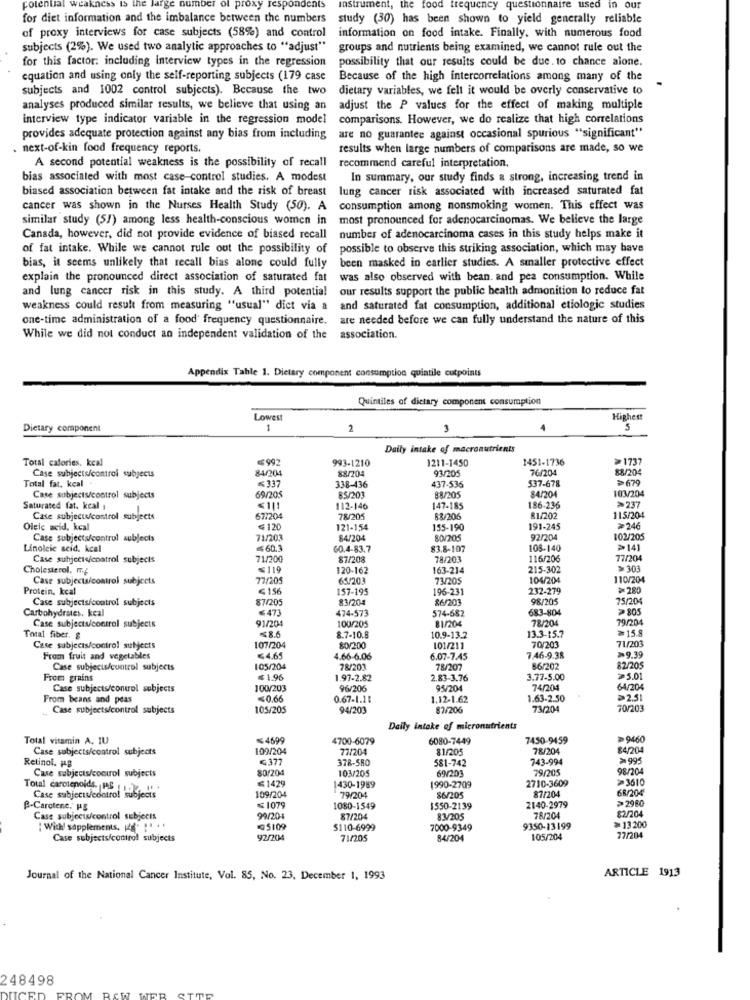
potential weakness
rge number of proxy
pondents
Instrument, the food frequency questionnaire used in
in our
for diet information and the imbalance between the numbers
study (30) has been shown to yield generally reliable
of proxy interviews for case subjects (58%) and control
information on food intake. Finally, with numerous food
subjects (2%). We used two analytic approaches to "adjust"
groups and nutrients being examined, we cannot rule out the
for this factor: including interview types in the regression
possibility that our results could be due. to chance alone.
equation and using only the self-reporting subjects (179 case
Because of the high intercorrelations among many of the
subjects and 1002 control subjects). Because the two
dietary variables, we felt it would be overly conservative to
analyses produced similar results, we believe that using an
adjust the P values for the effect of making multiple
interview type indicator variable in the regression model
comparisons. However, we do realize that high correlations
provides adequate protection against any bias from including
are no guarantee against occasional spurious "significant"
next-of-kin food frequency reports.
results when large numbers of comparisons are made, so we
A second potential weakness is the possibility of recall recommend careful interpretation.
bias associated with most case-control studies. A modest
In summary, our study finds a strong, increasing trend in
biased association between fat intake and the risk of breast
lung cancer risk associated with increased saturated fat
cancer was shown in the Nurses Health Study (50). A
consumption among nonsmoking women. This effect was
similar study (5/) among less health-conscious women in
most pronounced for adenocarcinomas. We believe the large
Canada, however, did not provide evidence of biased recall
number of adenocarcinoma cases in this study helps make it
of fat intake. While we cannot rule out the possibility of
possible to observe this striking association, which may have
been masked in earlier studies. A smaller protective effect
bias, it seems unlikely that recall bias alone could fully
explain the pronounced direct association of saturated fat
was also observed with bean. and pea consumption. While
and lung cancer risk in this study. A third potential
our results support the public health admonition to reduce fat
weakness could result from measuring "usual" dict via a
and saturated fat consumption, additional etiologic studies
one-time administration of a food' frequency questionnaire.
are needed before we can fully understand the nature of this
While we did not conduct an independent validation of the
association.
Appendix Tahle 1. Dietary component consumption quintile cutpoints
Quintiles of dietary component consumption
Lowest
Highest
Dietary component
1
2
3
5
Daily intake of macronutrients
Total calories. kcal
¥992
993-1210
1211-1450
1451-1736
≥1737
84/204
88/204
93/205
76/204
88/204
Total fat, kcal
Case subjects/control subjects
<337
437-536
537-678
>679
338-436
103/204
Case subjects/control subjects
69/205
85/203
88/205
84/204
Saturated fat. kcal ;
<111
112-146
147-185
186-236
>237
Case subject/control subjects
677204
78/205
83/206
81/202
115/204
Oleic acid. kcal
€ 120
121-154
155-190
191-245
≥246
Case subjects/control subjects
71/203
84/204
80/205
92/204
102/205
Linoleic seid. kcal
≤60.3
60.4-83.7
83.8-107
108-140
>141
Case subjects/coatrol subjects
71/200
87/208
78/203
116/206
77/204
Cholesterol. m/
≤119
120-162
163-214
215-302
>301
Case subjects/control subjects
77/205
65/203
73/205
104/204
110/204
Protein, kcal
≤156
157-195
196-231
232-279
≥280
Case subjects/control subjects
87/205
83/204
86/203
98/205
75/20
Carbohydrates. kcal
€47]
474-573
574-682
683-804
≥805
91/204
78/204
79/204
Case subjects/control subjects
100/205
81/204
10.9-13.2
> 15.8
Total fiber. $
<8.6
8.7-10.8
13.3-15.7
71/203
Case subjects/control subjects
107/204
80/200
101/211
70/203
From fruit and vegetables
€4.65
4.66-6.06
6.07-7.45
7.46-9.38
>>9,39
Case subjects/cuatrol subjects
105/204
78/203
78/207
66/202
82/20
From grains
≤1.96
1.97-2.82
2.83-3.76
3.77-5.00
>5.01
Case subjects/control subjects
100/203
96/206
9.5/204
74/204
64/204
From beans and peas
<0.66
0.67-1.11
1.12-1.62
1.63-2.50
≥2.5
Case subjects/control subjects
105/205
94/203
87/206
74220
70/203
Daily intake of micronutrients
Total vitamin A. 1U
≤4699
4700-6079
6080-7449
7450-9459
>9460
Case subjects/control subjects
109/204
73/204
81/205
78/204
84/204
Retinol. 14B
₲377
378-580
581-742
743-994
>99:
Care subjects/control subjects
80/204
103/205
79/205
98/204
≤1429
69/203
2710-3609
>3610
Total carotenoids. PS ..
109/204
430-1989
1990-2709
87/204
68/20
Case subjects/control subjects
79/204
$6/20
>2980
P-Carotene. HE
≤1079
1080-1549
1550-2139
2140-2979
82/204
Case subjects/control subjects
99/204
87/204
83/205
78/204
: Wich' sapplements, [4g- !. ..
@5109
5110-6999
7000-9349
9350-13199
>13.200
Case subjects/control subjects
92/204
71/205
84/204
105/204
77/204
ARTICLE 1913
Journal of the National Cancer Institute, Vol. 85, No. 23. December 1, 1993
248498